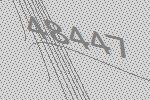
48447